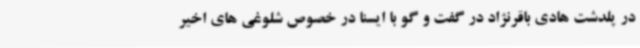
در پلدشت هادی باقرنژاد در گفت و گو با ایسنا در خصوص شلوغی های اخیر